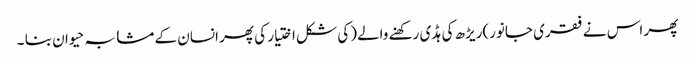
پھر اس نے فقری جانور)ریڑھ کی ہڈی رکھنے والے(کی شکل اختیار کی پھر انسان کے مشابہ حیوان بنا ۔